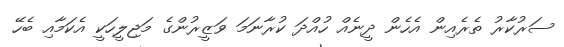
ސަރުކާރު ތެރެއިން އެހެން ދީނެއް ހުއްދަ ކުރާނަމަ ވަޒީރުންގެ މަޖިލީހަކީ އެކަމާއި ބެހޭ